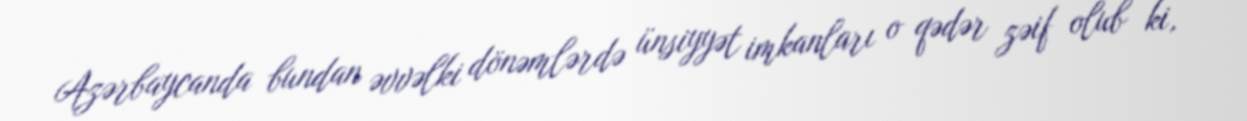
Azərbaycanda bundan əvvəlki dönəmlərdə ünsiyyət imkanları o qədər zəif olub ki,